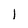
Character: l